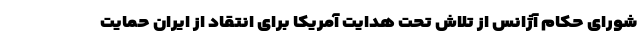
شورای حکام آژانس از تلاش تحت هدایت آمریکا برای انتقاد از ایران حمایت